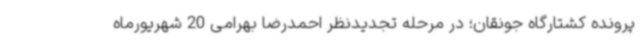
پرونده کشتارگاه جونقان؛ در مرحله تجدیدنظر احمدرضا بهرامی 20 شهریورماه